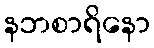
နဘစာရိနော